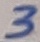
Text: 3